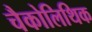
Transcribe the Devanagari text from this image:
चैकोलिथिक